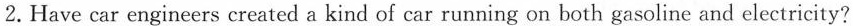
2. Have car engineers created a kind of car running on both gasoline and electricity?